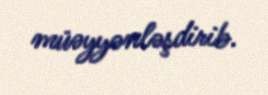
müəyyənləşdirib.